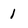
Character: 1